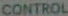
CONTROL